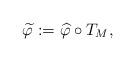
LaTeX: \begin{align*}\widetilde{\varphi} := \widehat{\varphi}\circ T_M, \end{align*}